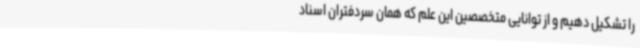
را تشکیل دهیم و از توانایی متخصصین این علم که همان سردفتران اسناد